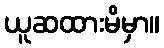
ယူဆထားမိမှာ။